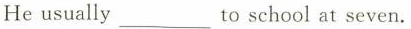
He usually ___ to school at seven.